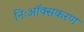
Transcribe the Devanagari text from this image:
निःऑक्सकरण